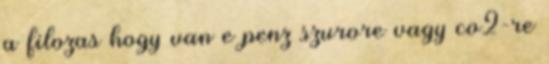
a filozas hogy van e penz szurore vagy co2-re